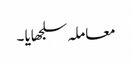
معاملہ سلجھایا ۔